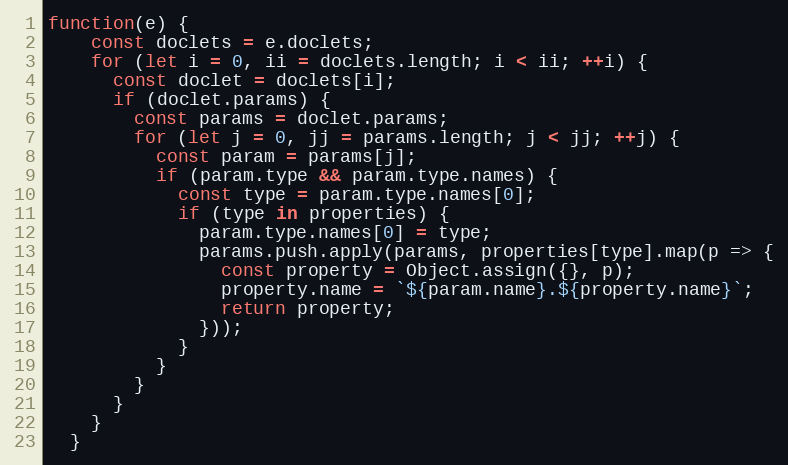
Language: JavaScript
function(e) {
    const doclets = e.doclets;
    for (let i = 0, ii = doclets.length; i < ii; ++i) {
      const doclet = doclets[i];
      if (doclet.params) {
        const params = doclet.params;
        for (let j = 0, jj = params.length; j < jj; ++j) {
          const param = params[j];
          if (param.type && param.type.names) {
            const type = param.type.names[0];
            if (type in properties) {
              param.type.names[0] = type;
              params.push.apply(params, properties[type].map(p => {
                const property = Object.assign({}, p);
                property.name = `${param.name}.${property.name}`;
                return property;
              }));
            }
          }
        }
      }
    }
  }